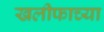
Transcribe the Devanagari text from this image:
खलीफाच्या